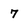
Character: 7